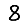
Digit: 8